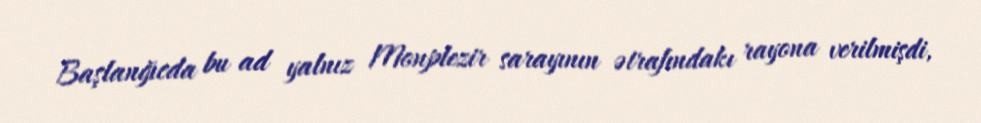
Başlanğıcda bu ad yalnız Monplezir sarayının ətrafındakı rayona verilmişdi,